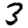
Digit: 3